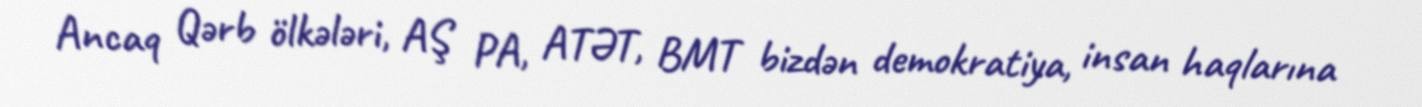
Ancaq Qərb ölkələri, AŞ PA, ATƏT, BMT bizdən demokratiya, insan haqlarına